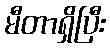
မီတာရှိပြီး